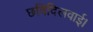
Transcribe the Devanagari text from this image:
छविदिलवाई।